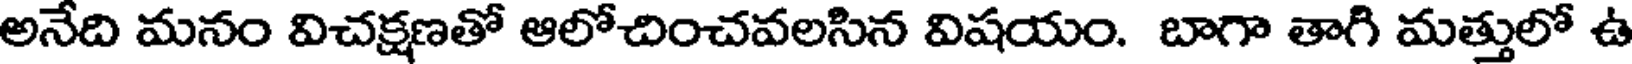
అనేది మనం విచక్షణతో ఆలోచించవలసిన విషయం. బాగా తాగి మత్తులో ఉ